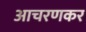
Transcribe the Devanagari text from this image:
आचरणकर